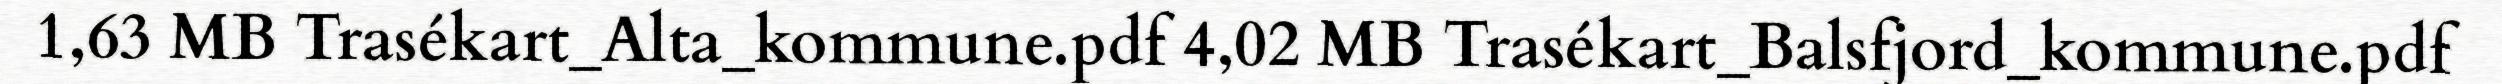
1,63 MB Trasékart_Alta_kommune.pdf 4,02 MB Trasékart_Balsfjord_kommune.pdf